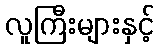
လူကြီးများနှင့်